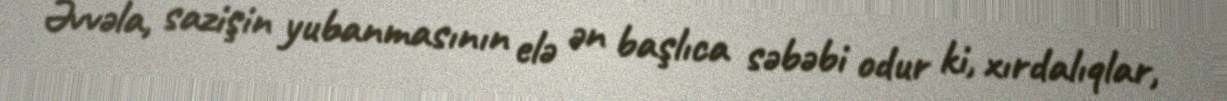
Əvvəla, sazişin yubanmasının elə ən başlıca səbəbi odur ki, xırdalıqlar,